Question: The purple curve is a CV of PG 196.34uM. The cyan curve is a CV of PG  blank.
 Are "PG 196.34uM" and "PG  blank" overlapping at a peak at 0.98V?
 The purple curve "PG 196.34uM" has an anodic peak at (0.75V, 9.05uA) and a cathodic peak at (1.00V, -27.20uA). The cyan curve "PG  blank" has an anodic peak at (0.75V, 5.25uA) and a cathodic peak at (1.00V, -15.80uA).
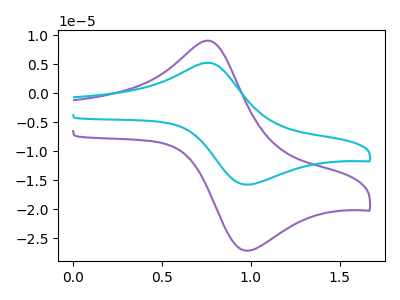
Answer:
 <answer>Yes, "PG 196.34uM" and "PG  blank" share a peak at 0.98V.</answer>
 <eval>match</eval>